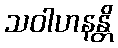
သဝါဟနန္တိ